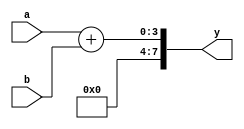
`timescale 1ns / 1ps
module adder(a,b,y);
parameter  WIDTH=4;
input [0:WIDTH-1] a,b;
//output [0:WIDTH-1] y;
output reg  [0:(WIDTH*2)-1] y;
wire[0:WIDTH-1]g;
assign g=0;
always@(a or b)
	begin
y = {g, (a + b)};

	end

endmodule
module multiplier(a,b,y);
parameter WIDTH=4;
input [0:WIDTH-1]a,b;
output [0:(WIDTH*2)-1]y;
reg [0:(WIDTH*2)-1]y;
always@(a or b)
	begin
		y=a*b;
	end

endmodule

module add_mul_4_bit(a, b, operation, Result);
      parameter WIDTH=4;
	input [0:WIDTH-1]a, b;
      input operation;
      output reg [0:(WIDTH*2)-1]Result;
      wire [0:(WIDTH*2)-1]Result_add;
      wire [0:(WIDTH*2)-1]Result_mul;
adder adder_1 (.a(a), .b(b), .y(Result_add));
multiplier multiplier_1 (.a(a), .b(b), .y(Result_mul));
          always@(*)
          begin
    Result = operation ? Result_mul : Result_add;
end
endmodule